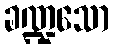
ခဏ္ဍသော